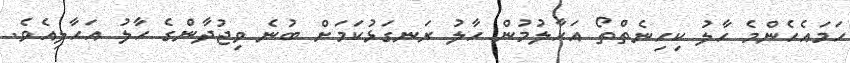
ހަމައެހެންމެ ހާލު ކިހިނެތްތޯ އަހާލުމުން ހާލު ރަނގަޅުކަމަށް ބުނެ ވިޖުދާންގެ ހާލު އަހާލިއެވެ.